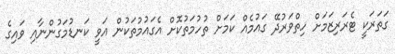
ގަތަރަކީ ޓެރަރިޒަމަށް ހިތްވަރުދޭ ގައުމެއް ކަމަށް ތުހުމަތުކޮށް އެގައުމުތަކުން އަވީ ކަނޑުމަގުންނާއި ވައިގެ